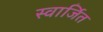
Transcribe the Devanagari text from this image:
स्वार्जित